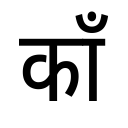
OCR:
काँ